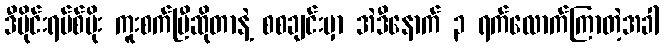
ဒီဗိုင်းရပ်စ်ပိုး ကူးစက်ပြီဆိုတာနဲ့ စစချင်းမှာ အဲဒီနောက် ၃ ရက်လောက်ကြာတဲ့အခါ